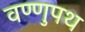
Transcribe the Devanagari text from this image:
वण्णुपथ